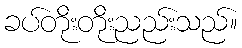
ခပ်တိုးတိုးညည်းသည်။